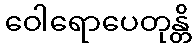
ဝေါရောပေတုန္တိ